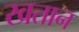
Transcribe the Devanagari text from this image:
खतान